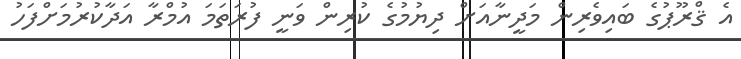
އެ ޤްރޫޕުގެ ބައިވެރިން މަދީނާއަށް ދިޔުމުގެ ކުރިން ވަނީ ފުރަތަމަ އުމްރާ އަދާކުރުމަށްފަހު